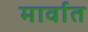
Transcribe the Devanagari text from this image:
मार्वात